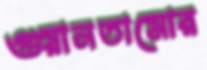
গুয়ানতামোর